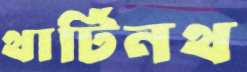
থার্টিনথ